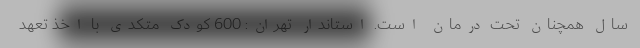
سال همچنان تحت درمان است. استاندار تهران: 600 کودک متکدی با اخذ تعهد